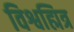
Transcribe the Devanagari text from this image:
विश्वह्मित्र